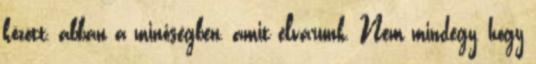
között, abban a minőségben, amit elvárunk. Nem mindegy, hogy